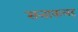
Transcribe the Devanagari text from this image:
सत्ताकलह